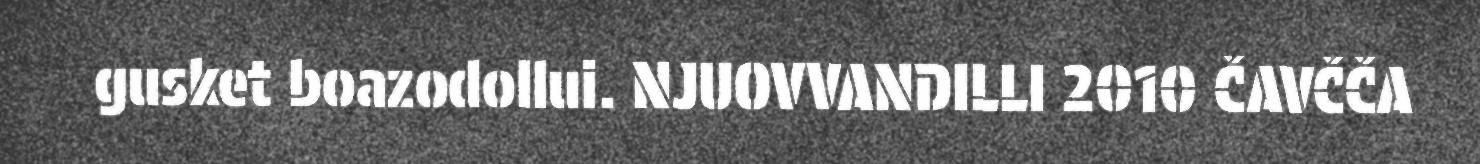
gusket boazodollui. NJUOVVANDILLI 2010 ČAVČČA